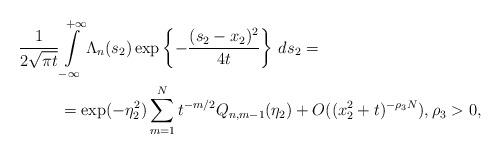
LaTeX: \begin{align*} \frac{1}{2\sqrt{\pi t}} & \int\limits_{-\infty}^{+\infty} \Lambda_n(s_2) \exp\left\{ - \frac{(s_2-x_2)^2}{4t} \right\}\,ds_2=\\ & = \exp(-\eta_2^2) \sum\limits_{m=1}^{N}t^{-m/2} Q_{n,m-1}(\eta_2) + O((x_2^2+t)^{-\rho_3 N}), \rho_3>0, \end{align*}